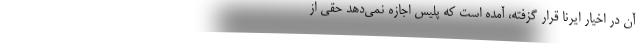
آن در اخیار ایرنا قرار گزفته، آمده است که پلیس اجازه نمی‌دهد حقی از